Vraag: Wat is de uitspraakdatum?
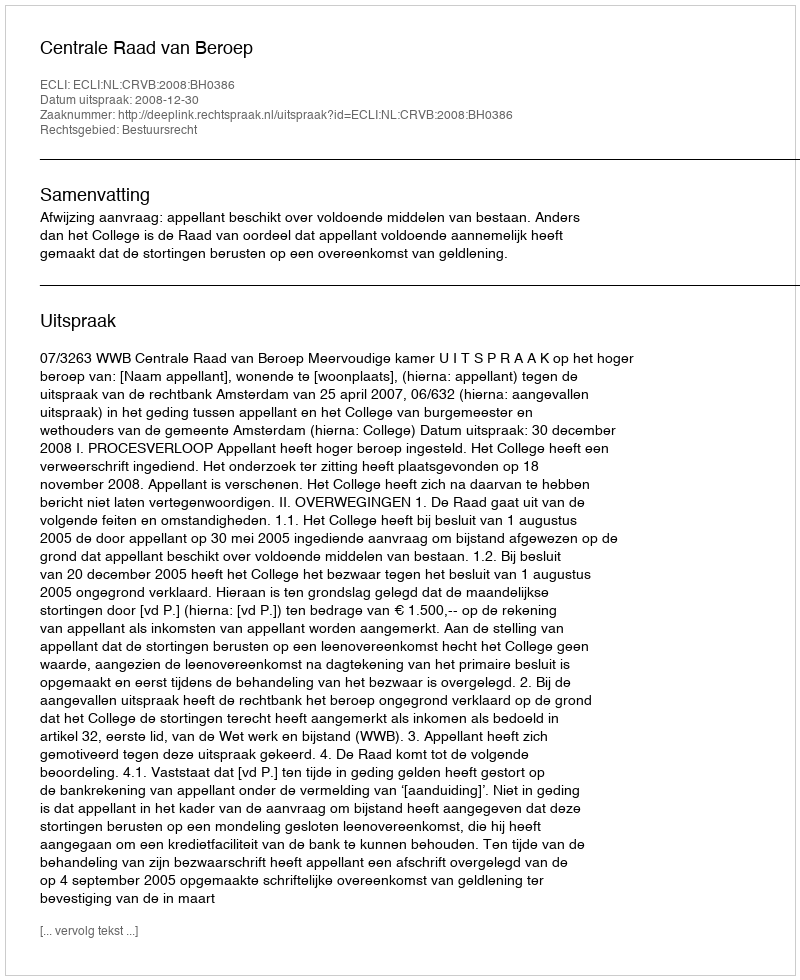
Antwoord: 2008-12-30